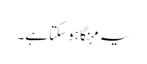
یہ مہنگا ہوسکتا ہے۔